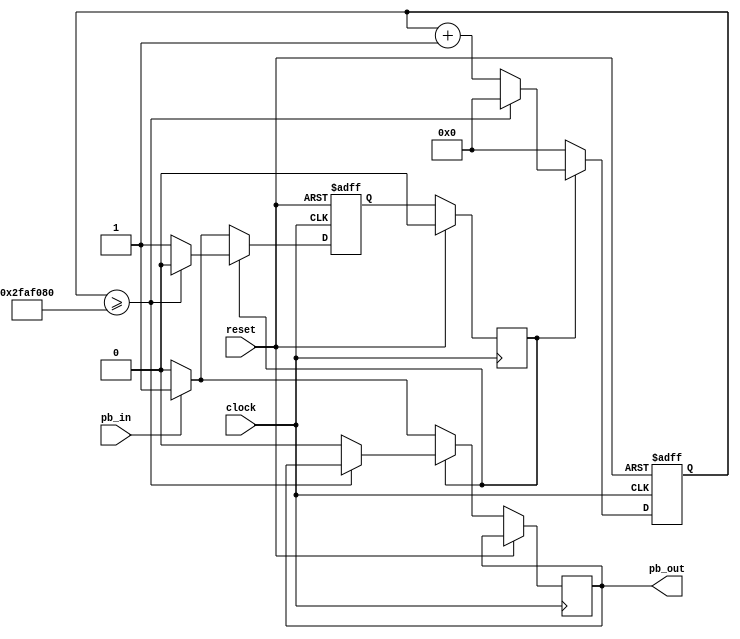
module debouncer(
input clock,
input reset,
input pb_in,
output reg pb_out
);

reg [31:0]counter;
reg out;
reg S;
reg NS;

always @(posedge clock)
begin
	if(reset)
	begin
		S <= 1'b0;
	end
	else
	begin
		S <= NS;
	end
end

always @(posedge clock or posedge reset) begin
if(reset)
	begin
		NS <= 0;
		counter <= 0;
	end
else
begin
	if(S == 1'b0)
	begin
		if (pb_in)
		begin
			NS <= 1;
			pb_out <= 1'b1;
		end
		else
		begin
			NS <= 0;
			pb_out <= 1'b0;
		end
		counter <= 32'd0;
	end
	else if(S == 1)
	begin
		if(counter >= 32'd50000000)
		begin
			NS <= 0;
			counter <= 32'd0;
		end
		else
		begin
			NS <= 1;
			pb_out <= 1'b0;
			counter <= counter + 1'b1;
		end
	end
end
end




endmodule